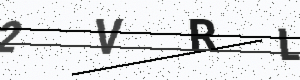
Text: 2VRL